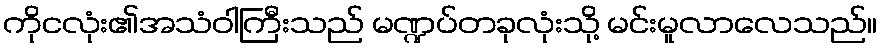
ကိုငလုံး၏အသံဝါကြီးသည် မဏ္ဍပ်တခုလုံးသို့ မင်းမူလာလေသည်။